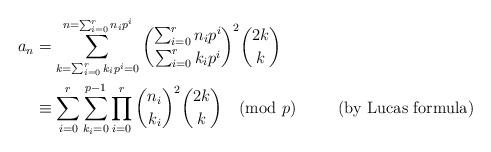
LaTeX: \begin{align*}a_n & = \sum_{k=\sum_{i=0}^r k_ip^i=0}^{n =\sum_{i=0}^r n_ip^i} \binom{\sum_{i=0}^r n_ip^i}{\sum_{i=0}^r k_ip^i}^2\binom{2k}{k}&\\&\equiv \sum_{i=0}^r\sum_{k_i=0}^{p-1} \prod_{i=0}^r\binom{n_i}{k_i}^2\binom{2k}{k} \pmod{p} &\hbox{(by Lucas formula)}\\\end{align*}